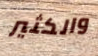
والكثير